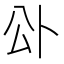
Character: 𭁅